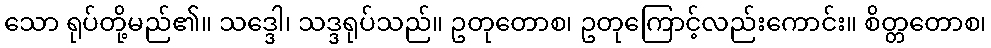
သော ရုပ်တို့မည်၏။ သဒ္ဒေါ၊ သဒ္ဒရုပ်သည်။ ဥတုတောစ၊ ဥတုကြောင့်လည်းကောင်း။ စိတ္တတောစ၊